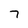
Character: 7